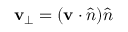
\mathbf { v } _ { \perp } = ( \mathbf { v } \cdot { \hat { n } } ) { \hat { n } }